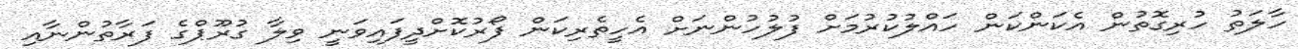
ހާލަތު ހުރިގޮތުން އެކަންކަން ހައްލުކުރުމަށް ފުލުހުންނަށް އެހީތެރިކަން ފޯރުކޮށްދީފައިވަނީ ވިލާ ގުރޫޕްގެ ފަރާތުންނާއި